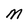
Character: m